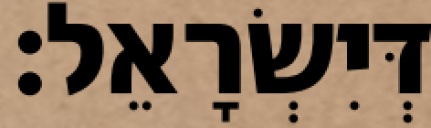
דְּיִשְׂרָאֵל׃